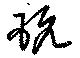
玩